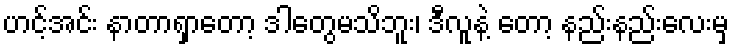
ဟင့်အင်း နာတာရှာတော့ ဒါတွေမသိဘူး၊ ဒီလူနဲ့ တော့ နည်းနည်းလေးမှ